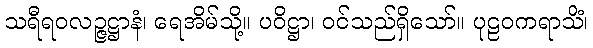
သရီရဝလဉ္ဇဋ္ဌာနံ၊ ရေအိမ်သို့။ ပဝိဋ္ဌာ၊ ဝင်သည်ရှိသော်။ ပုဠဝကရာသိံ၊